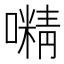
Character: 𡁔